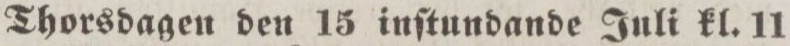
Thorsdagen den 15 inſtundande Juli kl. 11